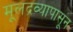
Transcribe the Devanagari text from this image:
मूलद्रव्यापासून